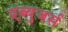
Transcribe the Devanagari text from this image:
एब्युजर्स